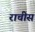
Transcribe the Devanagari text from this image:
राचीस